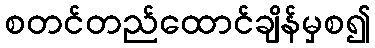
စတင်တည်ထောင်ချိန်မှစ၍